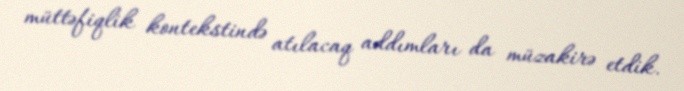
müttəfiqlik kontekstində atılacaq addımları da müzakirə etdik.